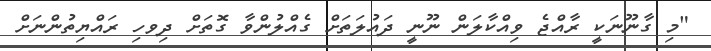
"މި ގާނޫނަކީ ރާއްޖެ ވިއްކާލަން ނޫނީ ދައުލަތަށް ގެއްލުންވާ ގޮތަށް ދިވހި ރައްޔިތުންނަށް